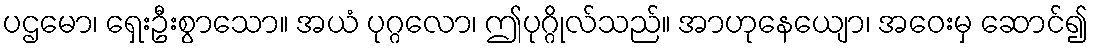
ပဌမော၊ ရှေးဦးစွာသော။ အယံ ပုဂ္ဂလော၊ ဤပုဂ္ဂိုလ်သည်။ အာဟုနေယျော၊ အဝေးမှ ဆောင်၍